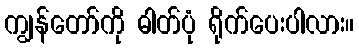
ကျွန်တော်ကို ဓါတ်ပုံ ရိုက်ပေးပါလား။